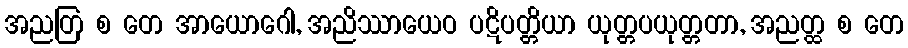
အညတြ စ တေ အာယောဂေါ, အညိဿာယေဝ ပဋိပတ္တိယာ ယုတ္တပယုတ္တတာ, အညတ္ထ စ တေ